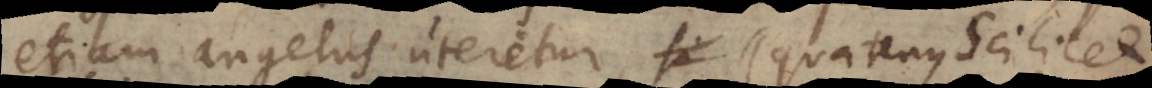
etiam angelus uteretur (quatenus scilicet